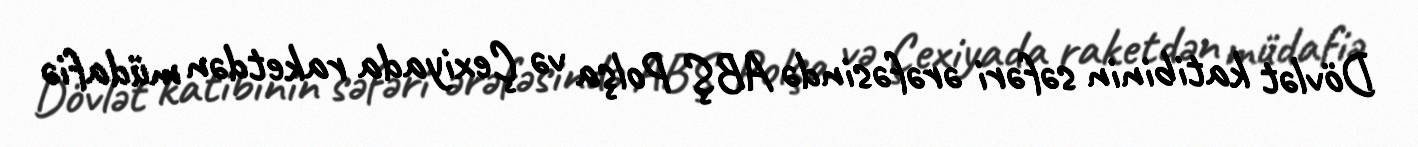
Dövlət katibinin səfəri ərəfəsində ABŞ Polşa və Çexiyada raketdən müdafiə